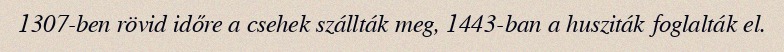
1307-ben rövid időre a csehek szállták meg, 1443-ban a husziták foglalták el.